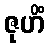
ဇုဟိံ